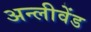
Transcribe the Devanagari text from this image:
अन्लीवेंड